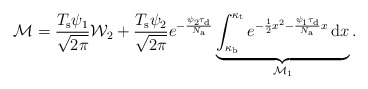
\begin{align*}\mathcal{M}=\frac{T_{\rm s}\psi_{1}}{\sqrt{2\pi}}\mathcal{W}_2+\frac{T_{\rm s}\psi_{2}}{\sqrt{2\pi}}e^{-\frac{\psi_{2}\tau_{\rm d}}{N_{\rm a}}}\underbrace{\int_{\kappa_{\rm b}}^{\kappa_{\rm t}} e^{-\frac{1}{2}x^2-\frac{\psi_{1}\tau_{\rm d}}{N_{\rm a}}x} \,\mathrm{d} x}_{\mathcal{M}_1}.\end{align*}